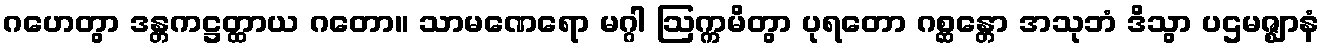
ဂဟေတွာ ဒန္တကဋ္ဌတ္ထာယ ဂတော။ သာမဏေရော မဂ္ဂါ ဩက္ကမိတွာ ပုရတော ဂစ္ဆန္တော အသုဘံ ဒိသွာ ပဌမဇ္ဈာနံ